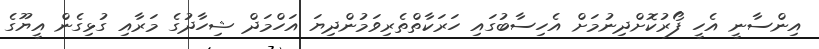
އިންސާނީ އެހީ ފޯރުކޮށްދިނުމަށް އެހިސާބުގައި ހަރަކާތްތެރިވަމުންދިޔަ އަހްމަދް ޝިހާދުގެ މަރާއި ގުޅިގެން އީޔޫގެ